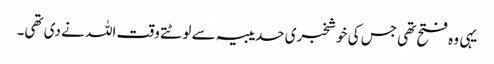
یہی وہ فتح تھی جس کی خوشخبری حدیبیہ سے لوٹتے وقت اللہ نے دی تھی۔